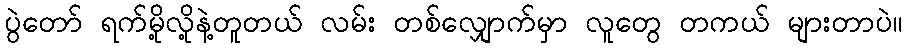
ပွဲတော် ရက်မို့လို့နဲ့တူတယ် လမ်း တစ်လျှောက်မှာ လူတွေ တကယ် များတာပဲ။